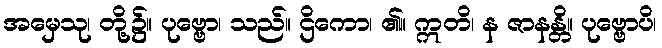
အမှေသု၊ တို့၌။ ပုဗ္ဗော၊ သည်။ ဌိကော၊ ၏။ ဣတိ၊ န ဇာနန္တိ။ ပုဗ္ဗောပိ၊